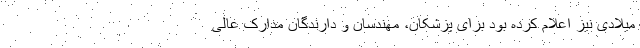
میلادی نیز اعلام کرده بود برای پزشکان، مهندسان و دارندگان مدارک عالی